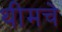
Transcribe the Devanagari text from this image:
थीमचे